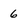
Character: 6